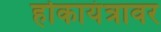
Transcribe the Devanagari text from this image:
होकायंत्रावर